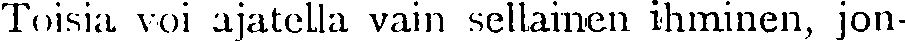
Toisia voi ajatella vain sellainen ihminen, jon-